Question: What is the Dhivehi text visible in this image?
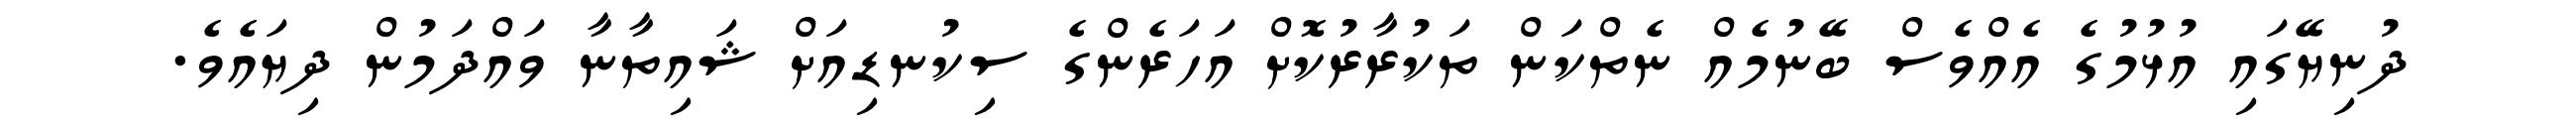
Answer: ދުނިޔޭގައި އުޅުމުގެ އެއްވެސް ބޭނުމެއް ނެތްކަން ތަކުރާރުކޮށް އަހަރެންގެ ސިކުނޑިއަށް ޝައިތާނާ ވައްދަމުން ދިޔައެވެ.